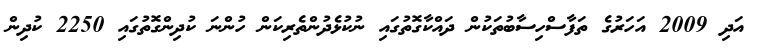
އަދި 2009 އަހަރުގެ ތަފާސްހިސާބުތަކުން ދައްކާގޮތުގައި ނުކުޅެދުންތެރިކަން ހުންނަ ކުދިންގޮތުގައި 2250 ކުދިން